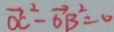
\overrightarrow { O C } ^ { 2 } - \overrightarrow { O B } ^ { 2 } = 0